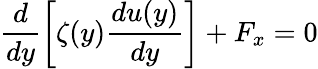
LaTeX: \frac{d}{dy}\left[\zeta(y)\frac{du(y)}{dy}\right]+F_{x}=0